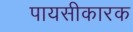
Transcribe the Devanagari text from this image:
पायसीकारक